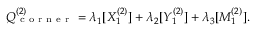
Q _ { \mathrm { ~ c ~ o ~ r ~ n ~ e ~ r ~ } } ^ { ( 2 ) } = \lambda _ { 1 } [ X _ { 1 } ^ { ( 2 ) } ] + \lambda _ { 2 } [ Y _ { 1 } ^ { ( 2 ) } ] + \lambda _ { 3 } [ M _ { 1 } ^ { ( 2 ) } ] .